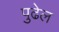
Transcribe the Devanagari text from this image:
पुढेल